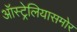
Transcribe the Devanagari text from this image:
ऑस्ट्रेलियासमोर